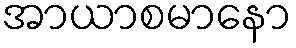
အာယာစမာနော